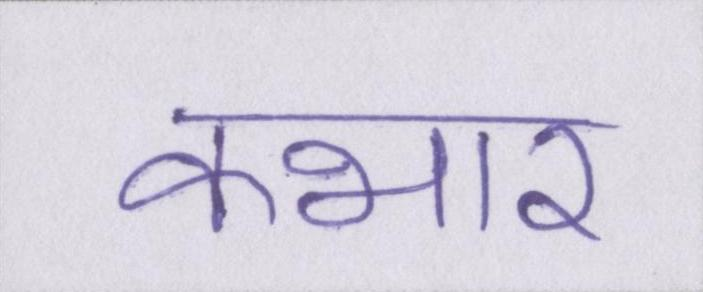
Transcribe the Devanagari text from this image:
कभार